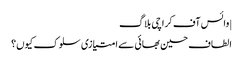
|وائس آف کراچی بلاگ
الطاف حسین بھائی سے امتیازی سلوک کیوں؟